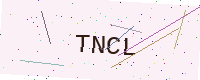
Text: TNCL